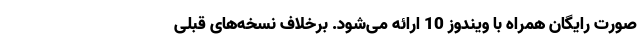
صورت رایگان همراه با ویندوز 10 ارائه می‌شود. برخلاف نسخه‌های قبلی